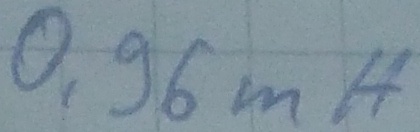
Text: 0,96mH